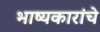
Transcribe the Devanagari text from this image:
भाष्यकारांचे